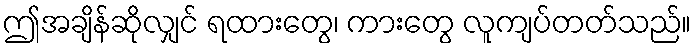
ဤအချိန်ဆိုလျှင် ရထားတွေ၊ ကားတွေ လူကျပ်တတ်သည်။